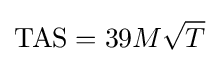
\mathrm {TAS} =39M{\sqrt {T}}